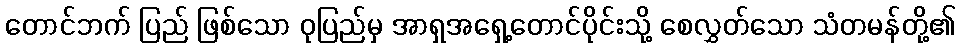
တောင်ဘက် ပြည် ဖြစ်သော ဝုပြည်မှ အာရှအရှေ့တောင်ပိုင်းသို့ စေလွှတ်သော သံတမန်တို့၏